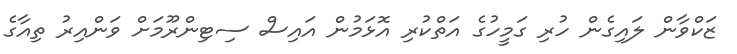
ޒަކްވާން ލައިގެން ހުރި ގަމީހުގެ އަތްކުރި އޮޅަމުން އައިސް ސިޓިންރޫމަށް ވަންއިރު ތިއާގެ